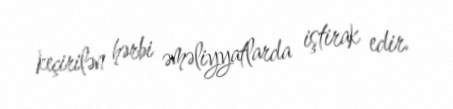
keçirilən hərbi əməliyyatlarda iştirak edir.